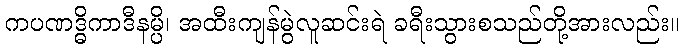
ကပဏဒ္ဓိကာဒီနမ္ပိ၊ အထီးကျန်မွဲလူဆင်းရဲ ခရီးသွားစသည်တို့အားလည်း။